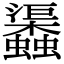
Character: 𧕎